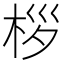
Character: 桚